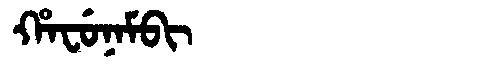
Manchu: ᡥᠠᠸᡠᠨᠠᠮᠪᡳ
Romanization: HAFUNAMBI